Vaccination in the Punjab 1905-1918 - 1905-1918
Year: 1905
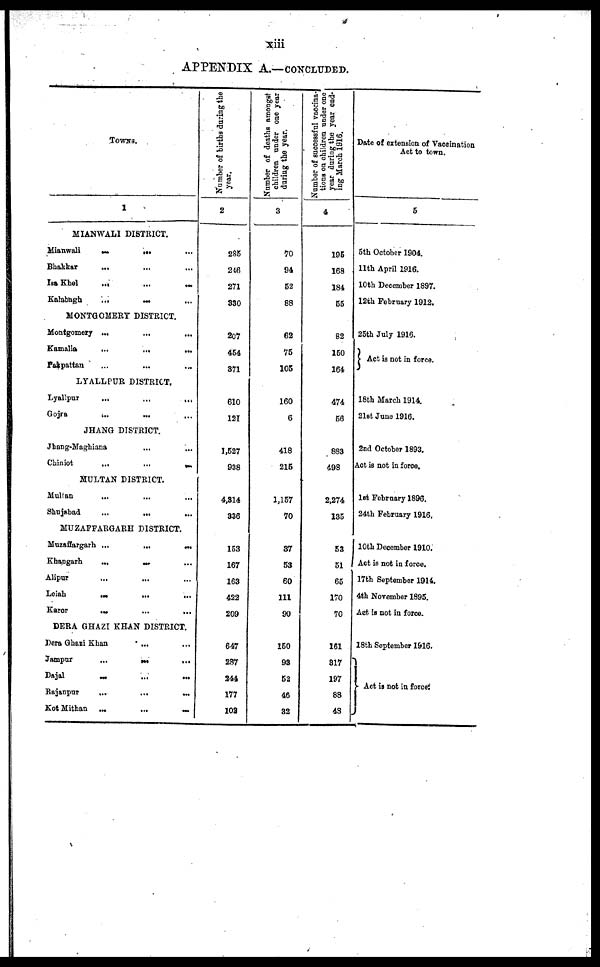
xiii
APPENDIX A.—CONCLUDED.
TOWNS.
1
MIANWALI DISTRICT.
Mianwali
...
... ...
Bhakkar ... ... ...
Isa Khel
...
...
...
Karabagh
...
... ...
MONTGOMERY DISTRICT.
Montgomery ...
...
...
Kamalia
...
...
...
Pakpattan ... ... ...
LYALLPUR DISTRICT.
Lyallpur
...
...
...
Gojra
...
... ...
JHANG DISTRICT.
Jhang-Maghiana
...
... ...
Chiniot
...
...
...
MULTAN DISTRICT.
Multan ... ... ...
Shujabad
...
... ...
MUZAFFARGARH DISTRICT.
Muaffargarh ...
...
...
Khangarh
...
... ...
Alipur ... ... ...
Loiah ... ... ...
Karor
... ... ...
DERA GHAZI KHAN DISTRICT.
Dera Ghazi Khan ... ... ...
Jampur
...
... ...
Dajal ... ... ...
Rajanpur
...
...
...
Kot Mithan
...
...
...
Number of births during the
year.
2
285
246
271
330
207
454
371
610
121
1,527
938
4,314
336
153
167
163
422
209
647
287
244
177
102
Number of deaths amongst
children under one year
during the year.
3
70
94
52
88
62
75
105
160
6
418
215
1,157
70
37
53
60
111
90
150
98
52
46
32
Number of successful vaccina¬
tions on children under one
year during the year end¬
ing March 1916.
4
195
168
184
55
82
150
164
474
56
883
498
2,274
135
53
51
65
170
70
161
317
197
88
43
Date of extension of Vaccination
Act to town.
5
5th October 1904.
11th April 1916.
10th December 1897.
12th February 1912.
25th July 1916.
Act is not in force.
18th March 1914.
21st June 1916.
2nd October 1893.
Act is not in force.
1st February 1896.
24th February 1916.
10th December 1910.
Act is not in force.
17th September 1914.
4th November 1895.
Act is not in force.
18th September 1916.
Act is not in force.